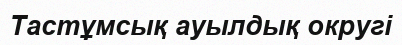
Тастұмсық ауылдық округі